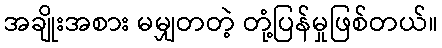
အချိုးအစား မမျှတတဲ့ တုံ့ပြန်မှုဖြစ်တယ်။